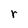
Character: r